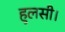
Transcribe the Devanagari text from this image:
हुलसी।